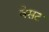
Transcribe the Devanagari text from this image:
वेसट